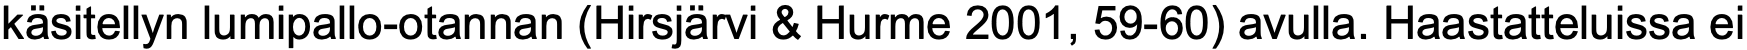
käsitellyn lumipallo-otannan (Hirsjärvi & Hurme 2001, 59-60) avulla. Haastatteluissa ei